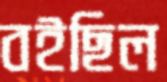
বইছিল